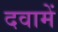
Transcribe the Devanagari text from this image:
दवामें